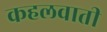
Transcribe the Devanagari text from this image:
कहलवाती